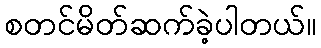
စတင်မိတ်ဆက်ခဲ့ပါတယ်။